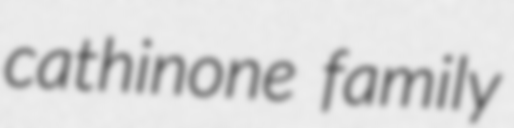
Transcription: cathinone family